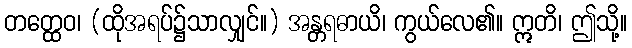
တတ္ထေဝ၊ (ထိုအရပ်၌သာလျှင်။) အန္တရဓာယိ၊ ကွယ်လေ၏။ ဣတိ၊ ဤသို့။